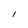
Character: I